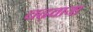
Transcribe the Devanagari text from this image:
चढ़वाया